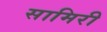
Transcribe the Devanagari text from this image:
सामिरी